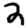
Digit: 2